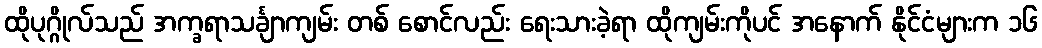
ထိုပုဂ္ဂိုလ်သည် အက္ခရာသင်္ချာကျမ်း တစ် စောင်လည်း ရေးသားခဲ့ရာ ထိုကျမ်းကိုပင် အနောက် နိုင်ငံများက ၁၆